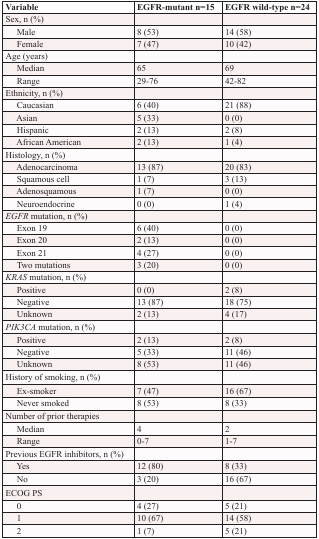
<table><thead><tr><td><b>Variable</b></td><td><b>EGFR-mutant n=15</b></td><td><b>EGFR wild-type n=24</b></td></tr></thead><tbody><tr><td>Sex, n (%)</td><td></td><td></td></tr><tr><td> Male</td><td>8 (53)</td><td>14 (58)</td></tr><tr><td> Female</td><td>7 (47)</td><td>10 (42)</td></tr><tr><td>Age (years)</td><td></td><td></td></tr><tr><td> Median</td><td>65</td><td>69</td></tr><tr><td> Range</td><td>29-76</td><td>42-82</td></tr><tr><td>Ethnicity, n (%)</td><td></td><td></td></tr><tr><td> Caucasian</td><td>6 (40)</td><td>21 (88)</td></tr><tr><td> Asian</td><td>5 (33)</td><td>0 (0)</td></tr><tr><td> Hispanic</td><td>2 (13)</td><td>2 (8)</td></tr><tr><td> African American</td><td>2 (13)</td><td>1 (4)</td></tr><tr><td>Histology, n (%)</td><td></td><td></td></tr><tr><td> Adenocarcinoma</td><td>13 (87)</td><td>20 (83)</td></tr><tr><td> Squamous cell</td><td>1 (7)</td><td>3 (13)</td></tr><tr><td> Adenosquamous</td><td>1 (7)</td><td>0 (0)</td></tr><tr><td> Neuroendocrine</td><td>0 (0)</td><td>1 (4)</td></tr><tr><td><i>EGFR</i> mutation, n (%)</td><td></td><td></td></tr><tr><td> Exon 19</td><td>6 (40)</td><td>0 (0)</td></tr><tr><td> Exon 20</td><td>2 (13)</td><td>0 (0)</td></tr><tr><td> Exon 21</td><td>4 (27)</td><td>0 (0)</td></tr><tr><td> Two mutations</td><td>3 (20)</td><td>0 (0)</td></tr><tr><td><i>KRAS</i> mutation, n (%)</td><td></td><td></td></tr><tr><td> Positive</td><td>0 (0)</td><td>2 (8)</td></tr><tr><td> Negative</td><td>13 (87)</td><td>18 (75)</td></tr><tr><td> Unknown</td><td>2 (13)</td><td>4 (17)</td></tr><tr><td><i>PIK3CA</i> mutation, n (%)</td><td></td><td></td></tr><tr><td> Positive</td><td>2 (13)</td><td>2 (8)</td></tr><tr><td> Negative</td><td>5 (33)</td><td>11 (46)</td></tr><tr><td> Unknown</td><td>8 (53)</td><td>11 (46)</td></tr><tr><td>History of smoking, n (%)</td><td></td><td></td></tr><tr><td> Ex-smoker</td><td>7 (47)</td><td>16 (67)</td></tr><tr><td> Never smoked</td><td>8 (53)</td><td>8 (33)</td></tr><tr><td>Number of prior therapies</td><td></td><td></td></tr><tr><td> Median</td><td>4</td><td>2</td></tr><tr><td> Range</td><td>0-7</td><td>1-7</td></tr><tr><td>Previous EGFR inhibitors, n (%)</td><td></td><td></td></tr><tr><td> Yes</td><td>12 (80)</td><td>8 (33)</td></tr><tr><td> No</td><td>3 (20)</td><td>16 (67)</td></tr><tr><td>ECOG PS</td><td></td><td></td></tr><tr><td> 0</td><td>4 (27)</td><td>5 (21)</td></tr><tr><td> 1</td><td>10 (67)</td><td>14 (58)</td></tr><tr><td> 2</td><td>1 (7)</td><td>5 (21)</td></tr></tbody></table>